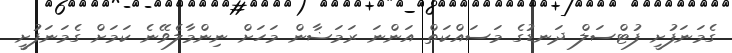
ގެމަނަފުށީ ފުޓްސަލް ދަނޑުގެ މަސައްކަތް އަންނަ ރަމަޟާން މަހަށް ނިންމާލެވޭނެ ކަމަށް ގެމަނަފުށީ